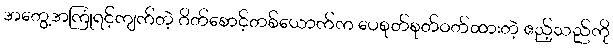
အတွေ့အကြုံရင့်ကျက်တဲ့ ဂိတ်စောင့်တစ်ယောက်က ပေစုတ်စုတ်ဝတ်ထားတဲ့ ဧည့်သည်ကို